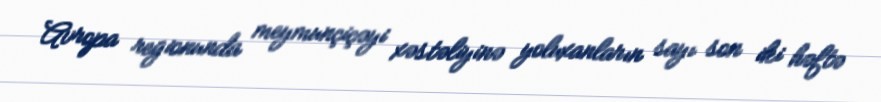
Avropa regionunda meymunçiçəyi xəstəliyinə yoluxanların sayı son iki həftə